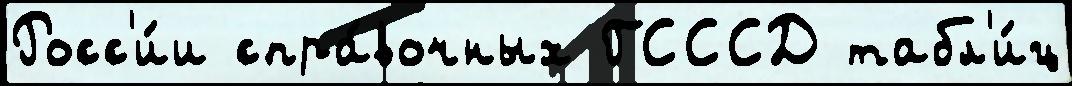
Росс'и́и спра́вочных ГСССД табл'и́ц